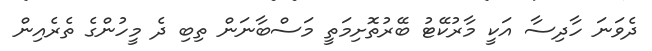
ދެވަނަ ހާދިސާ އަކީ މާރުކޭޓު ބޭރުތޮށިމަތީ މަސްބާނަން ތިބި ދެ މީހުންގެ ތެރެއިން